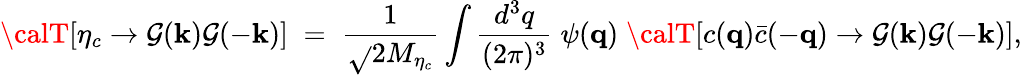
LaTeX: {\calT}[\eta_{c}\to\mathcal{G}({\mathbf{k}})\mathcal{G}(-{\mathbf{k}})]\; =\; {\frac{{1}}{{\sqrt{}{{2M_{\eta_{c}}}}}}}\int{\frac{{d^{3}q}}{{(2\pi)^{3}}}}\; \psi({\mathbf{q}})\; {\calT}[c({\mathbf{q}})\bar{{c}}(-{\mathbf{q}})\to\mathcal{G}({\mathbf{k}})\mathcal{G}(-{\mathbf{k}})],